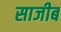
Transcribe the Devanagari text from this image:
साजीब